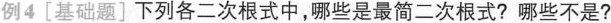
例4「基础题]下列各二次根式中，哪些是最简二次根式?哪些不是?